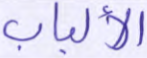
الألباب